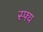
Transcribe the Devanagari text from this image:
स्फ्य